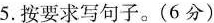
5.1按要求写句子。(6分)